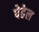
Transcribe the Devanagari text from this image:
पेहेल